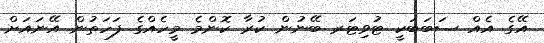
އޭގެ އެއް ސަބަބަކީ ޓުވިޓަރ ބޭނުން ކުރާ ކޮންމެ މީހެއްގެ ފަހަތުން އޭނައަށް